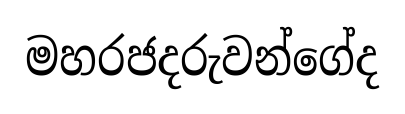
මහරජදරුවන්ගේද